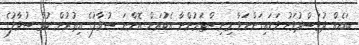
ބައެއް ދުވަސްދުވަހު ވަޑައިގަންނަވާ މިނިސްޓަރުންނާ އެކުރަން އޮންނަ ސުވާލުގެ އިތުރުން ކުރާ ސުވާލުގެ